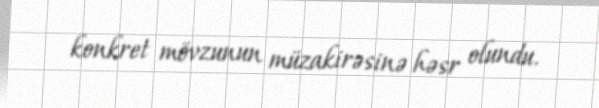
konkret mövzunun müzakirəsinə həsr olundu.